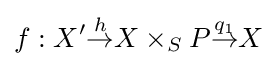
f:X'{\stackrel {h}{\to }}X\times _{S}P{\stackrel {q_{1}}{\to }}X